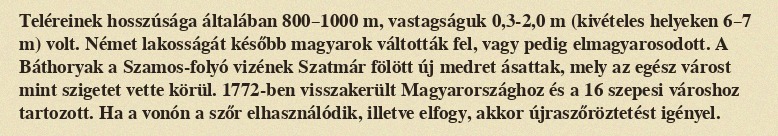
Teléreinek hosszúsága általában 800–1000 m, vastagságuk 0,3-2,0 m (kivételes helyeken 6–7 m) volt. Német lakosságát később magyarok váltották fel, vagy pedig elmagyarosodott. A Báthoryak a Szamos-folyó vizének Szatmár fölött új medret ásattak, mely az egész várost mint szigetet vette körül. 1772-ben visszakerült Magyarországhoz és a 16 szepesi városhoz tartozott. Ha a vonón a szőr elhasználódik, illetve elfogy, akkor újraszőröztetést igényel.